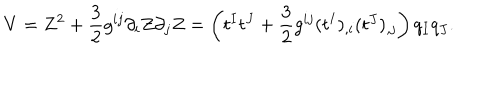
V = Z ^ { 2 } + { \frac { 3 } { 2 } } g ^ { i j } \partial _ { i } Z \partial _ { j } Z = \left( t ^ { I } t ^ { J } + { \frac { 3 } { 2 } } g ^ { i j } ( t ^ { I } ) _ { , i } ( t ^ { J } ) _ { , j } \right) q _ { I } q _ { J } .